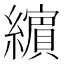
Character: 𦆯